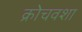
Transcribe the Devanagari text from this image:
क्रोचवशा